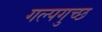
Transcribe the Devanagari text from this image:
गल्पगुच्छ